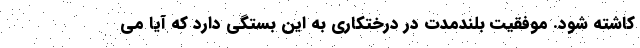
کاشته شود. موفقیت بلندمدت در درختکاری به این بستگی دارد که آیا می